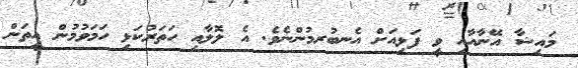
މައިޝާ އޭނާއާއި ވީ ފަޅިއަށް އެނބުރމުންނެވެ. އެ ލޮލާއި ހަތަރުކަޅި ހަމަވުމުން އީތަން